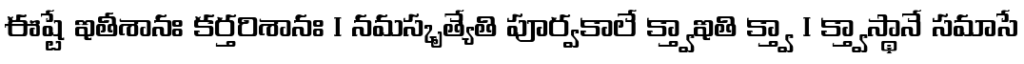
ఈష్టే ఇతీశానః కర్తరిశానః । నమస్కృత్యేతి పూర్వకాలే క్త్వాఇతి క్త్వా । క్త్వాస్థానే సమాసే